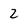
Character: 2